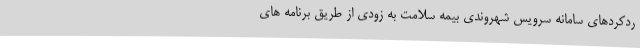
ردکردهای سامانه سرویس شهروندی بیمه سلامت به زودی از طریق برنامه های